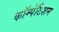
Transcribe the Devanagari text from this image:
कॉम्पेटिशन